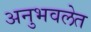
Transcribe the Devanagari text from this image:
अनुभवलेत